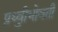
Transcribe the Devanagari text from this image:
प्रुथ्वीभोवती